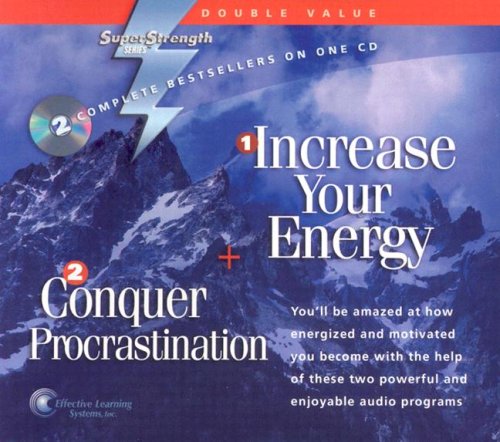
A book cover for Increase Your Energy + Conquer Procrastination (Super Strength); Bob Griswold; Self-Help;